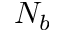
N _ { b }